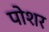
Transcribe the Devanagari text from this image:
पोशर